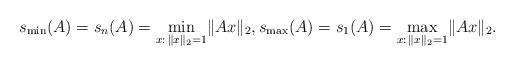
LaTeX: \begin{align*}s_{\min}(A)=s_n(A)=\min\limits_{x:\,\lVert x\rVert_2=1}\lVert Ax\rVert_2,s_{\max}(A)=s_1(A)=\max\limits_{x:\,\lVert x\rVert_2=1}\lVert Ax\rVert_2.\end{align*}